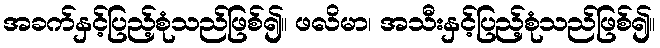
အခက်နှင့်ပြည့်စုံသည်ဖြစ်၍။ ဖလိမာ၊ အသီးနှင့်ပြည့်စုံသည်ဖြစ်၍။